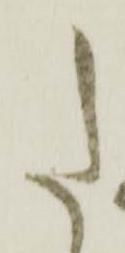
た